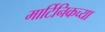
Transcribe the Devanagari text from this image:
मार्टिनिकच्या